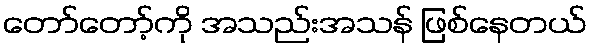
တော်တော့်ကို အသည်းအသန် ဖြစ်နေတယ်